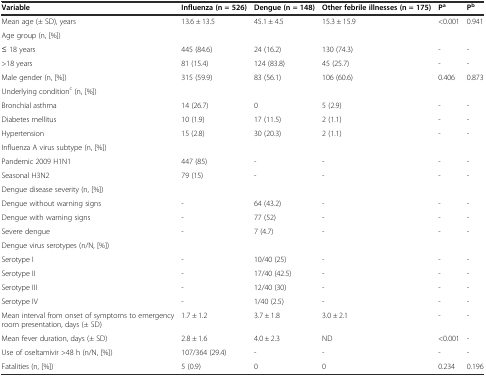
<table><thead><tr><td><b>Variable</b></td><td><b>Influenza (n = 526)</b></td><td><b>Dengue (n = 148)</b></td><td><b>Other febrile illnesses (n = 175)</b></td><td><b>P <sup>a</sup></b></td><td><b>P <sup>b</sup></b></td></tr></thead><tbody><tr><td>Mean age (± SD), years</td><td>13.6 ± 13.5</td><td>45.1 ± 4.5</td><td>15.3 ± 15.9</td><td>&lt;0.001</td><td>0.941</td></tr><tr><td>Age group (n, [%])</td><td></td><td></td><td></td><td></td><td></td></tr><tr><td>≤ 18 years</td><td>445 (84.6)</td><td>24 (16.2)</td><td>130 (74.3)</td><td>-</td><td>-</td></tr><tr><td>&gt;18 years</td><td>81 (15.4)</td><td>124 (83.8)</td><td>45 (25.7)</td><td>-</td><td>-</td></tr><tr><td>Male gender (n, [%])</td><td>315 (59.9)</td><td>83 (56.1)</td><td>106 (60.6)</td><td>0.406</td><td>0.873</td></tr><tr><td>Underlying condition<sup>c</sup> (n, [%])</td><td></td><td></td><td></td><td></td><td></td></tr><tr><td>Bronchial asthma</td><td>14 (26.7)</td><td>0</td><td>5 (2.9)</td><td>-</td><td>-</td></tr><tr><td>Diabetes mellitus</td><td>10 (1.9)</td><td>17 (11.5)</td><td>2 (1.1)</td><td>-</td><td>-</td></tr><tr><td>Hypertension</td><td>15 (2.8)</td><td>30 (20.3)</td><td>2 (1.1)</td><td>-</td><td>-</td></tr><tr><td>Influenza A virus subtype (n, [%])</td><td></td><td></td><td></td><td></td><td></td></tr><tr><td>Pandemic 2009 H1N1</td><td>447 (85)</td><td>-</td><td>-</td><td>-</td><td>-</td></tr><tr><td>Seasonal H3N2</td><td>79 (15)</td><td>-</td><td>-</td><td>-</td><td>-</td></tr><tr><td>Dengue disease severity (n, [%])</td><td></td><td></td><td></td><td></td><td></td></tr><tr><td>Dengue without warning signs</td><td>-</td><td>64 (43.2)</td><td>-</td><td>-</td><td>-</td></tr><tr><td>Dengue with warning signs</td><td>-</td><td>77 (52)</td><td>-</td><td>-</td><td>-</td></tr><tr><td>Severe dengue</td><td>-</td><td>7 (4.7)</td><td>-</td><td>-</td><td>-</td></tr><tr><td>Dengue virus serotypes (n/N, [%])</td><td></td><td></td><td></td><td></td><td></td></tr><tr><td>Serotype I</td><td>-</td><td>10/40 (25)</td><td>-</td><td>-</td><td>-</td></tr><tr><td>Serotype II</td><td>-</td><td>17/40 (42.5)</td><td>-</td><td>-</td><td>-</td></tr><tr><td>Serotype III</td><td>-</td><td>12/40 (30)</td><td>-</td><td>-</td><td>-</td></tr><tr><td>Serotype IV</td><td>-</td><td>1/40 (2.5)</td><td>-</td><td>-</td><td>-</td></tr><tr><td>Mean interval from onset of symptoms to emergency room presentation, days (± SD)</td><td>1.7 ± 1.2</td><td>3.7 ± 1.8</td><td>3.0 ± 2.1</td><td>-</td><td>-</td></tr><tr><td>Mean fever duration, days (± SD)</td><td>2.8 ± 1.6</td><td>4.0 ± 2.3</td><td>ND</td><td>&lt;0.001</td><td>-</td></tr><tr><td>Use of oseltamivir &gt;48 h (n/N, [%])</td><td>107/364 (29.4)</td><td>-</td><td>-</td><td>-</td><td>-</td></tr><tr><td>Fatalities (n, [%])</td><td>5 (0.9)</td><td>0</td><td>0</td><td>0.234</td><td>0.196</td></tr></tbody></table>